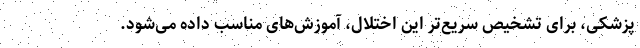
پزشکی، برای تشخیص سریع‌تر این اختلال، آموزش‌های مناسب داده می‌شود.